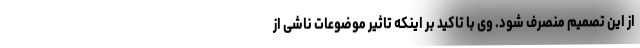
از این تصمیم منصرف شود. وی با تاکید بر اینکه تاثیر موضوعات ناشی از